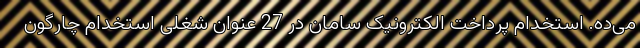
می‌ده. استخدام پرداخت الکترونیک سامان در 27 عنوان شغلی استخدام چارگون